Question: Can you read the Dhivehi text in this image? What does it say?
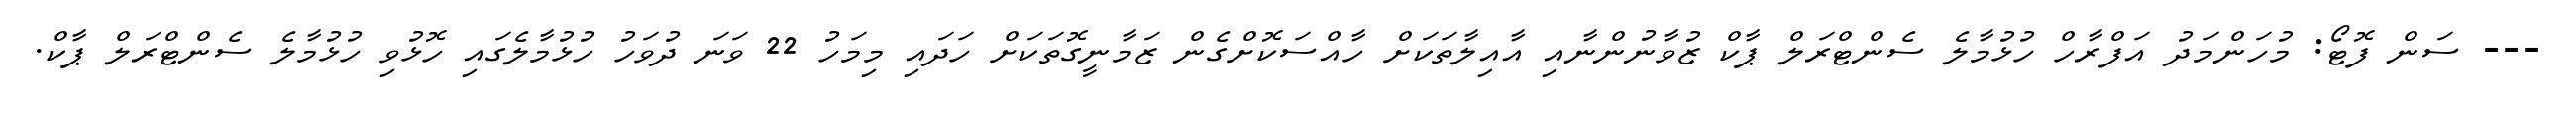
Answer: --- ސަން ފޮޓޯ: މުހަންމަދު އަފްރާހް ހުޅުމާލެ ސެންޓްރަލް ޕާކް ޒުވާނުންނާއި އާއިލާތަކަށް ހާއްސަކޮށްގެން ޒަމާނީގޮތަކަށް ހަދައި މިމަހު 22 ވަނަ ދުވަހު ހުޅުމާލެގައި ހޮޅުވި ހުޅުމާލެ ސެންޓްރަލް ޕާކް.